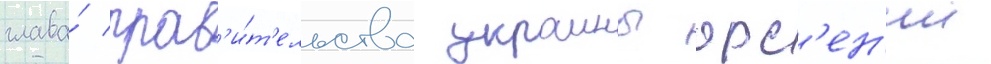
глава́ прав'и́т'ельства украины арс'ен'ии